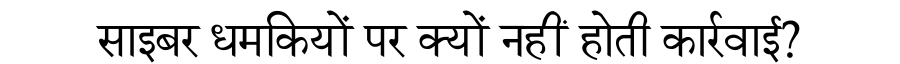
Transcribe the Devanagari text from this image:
साइबर धमकियों पर क्यों नहीं होती कार्रवाई?